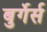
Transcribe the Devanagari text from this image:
बुर्गेर्स